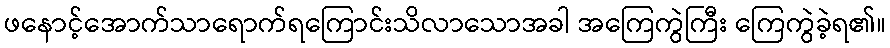
ဖနောင့်အောက်သာရောက်ရကြောင်းသိလာသောအခါ အကြေကွဲကြီး ကြေကွဲခဲ့ရ၏။